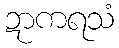
ဍာကရသံ